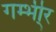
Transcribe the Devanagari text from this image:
गम्भी्र